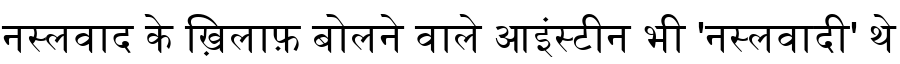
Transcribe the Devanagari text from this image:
नस्लवाद के ख़िलाफ़ बोलने वाले आइंस्टीन भी 'नस्लवादी' थे